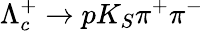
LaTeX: \Lambda_{c}^{+}\to pK_{S}\pi^{+}\pi^{-}